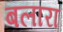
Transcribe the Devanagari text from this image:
बलारा